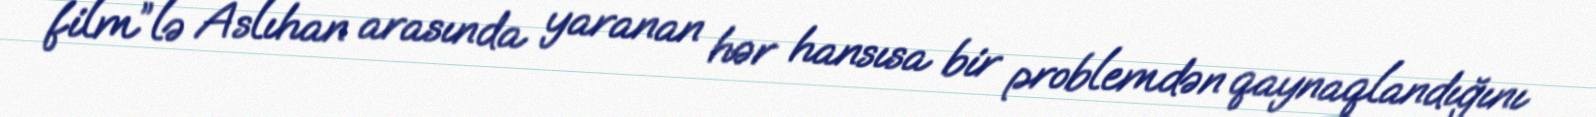
film”lə Aslıhan arasında yaranan hər hansısa bir problemdən qaynaqlandığını